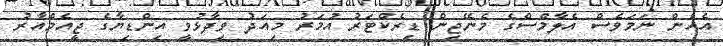
އެހެން ނަމަވެސް އެލާމްސްގެ މެނޭޖިން ޑިރެކްޓަރު އުމަރު މިއަދު ވިދާޅުވީ އިންޑިޔާގެ ޖީއެމްއާރު